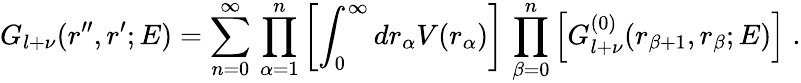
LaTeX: G_{l+\nu}(r^{\prime\prime},r^{\prime};E)=\sum_{n=0}^{\infty}\, \prod_{\alpha=1}^{n}\left[\int_{0}^{\infty}dr_{\alpha}V(r_{\alpha})\right]\, \prod_{\beta=0}^{n}\left[G_{l+\nu}^{(0)}(r_{\beta+1},r_{\beta};E)\right]\; .